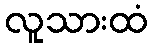
လူသားထံ